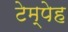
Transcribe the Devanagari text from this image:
टेम्पेह